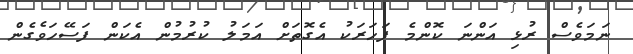
ނަމަވެސް ރުޅި އަންނަ ކޮންމެ ފަހަރަކު އެގޮތަށް އަމަލު ކުރުމުން އެކަން ފަސޭހަވެގެން